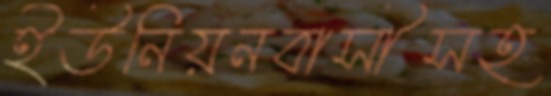
ইউনিয়নবাসীসহ